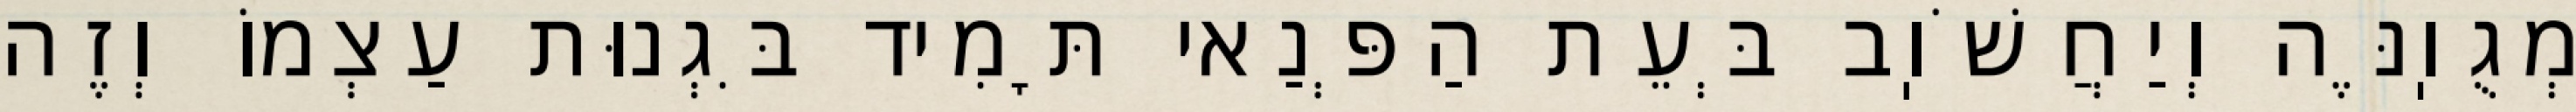
מְגֻוֽנֶּה וְיַחֲשֹׁוֽב בְּעֵת הַפְּנַאי תָּמִיד בִּגְנוּת עַצְמוֹ וְזֶה